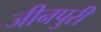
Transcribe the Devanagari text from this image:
जीनपुरी